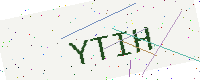
Text: YTIH